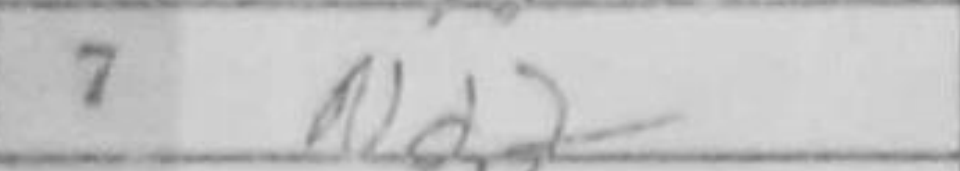
Transcription: Nd2